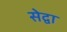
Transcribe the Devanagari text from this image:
सेद्वा